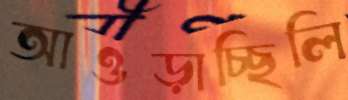
আওড়াচ্ছিলি